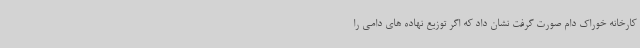
کارخانه خوراک دام صورت گرفت نشان داد که اگر توزیع نهاده های دامی را